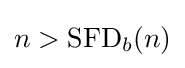
n>\operatorname {SFD} _{b}(n)